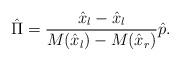
LaTeX: \begin{align*}\hat \Pi = { \hat x_l-\hat x_l \over M( \hat x_l)-M( \hat x_r) }\hat p.\end{align*}